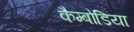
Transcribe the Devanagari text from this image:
कैम्बोडिया